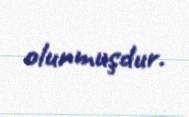
olunmuşdur.